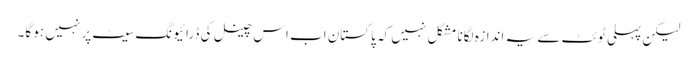
لیکن پہلی ٹوئٹ سے یہ اندازہ لگانا مشکل نہیں کہ پاکستان اب اس چینل کی ڈرائیونگ سیٹ پر نہیں ہو گا۔